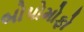
બોપોમોફો